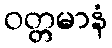
ဝတ္တမာနံ